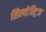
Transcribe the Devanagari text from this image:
सिल्व्हेस्ट्रिज